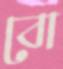
বো